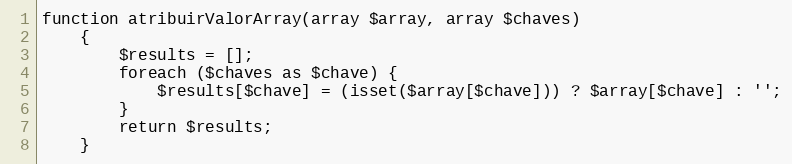
Language: PHP
function atribuirValorArray(array $array, array $chaves)
    {
        $results = [];
        foreach ($chaves as $chave) {
            $results[$chave] = (isset($array[$chave])) ? $array[$chave] : '';
        }
        return $results;
    }